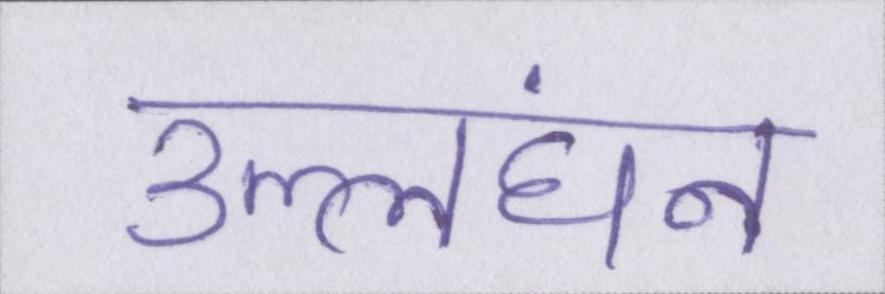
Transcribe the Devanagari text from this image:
उल्लंघन